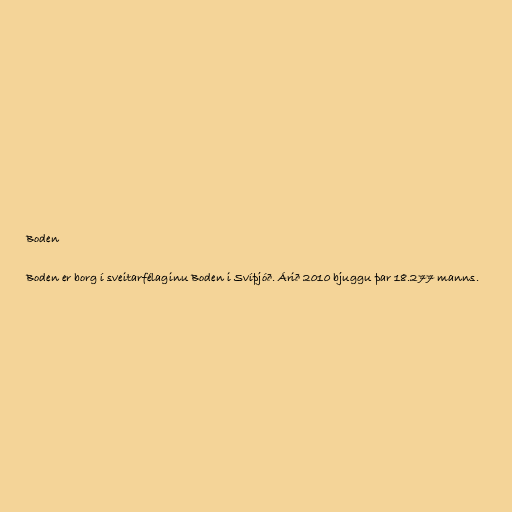
Boden

Boden er borg í sveitarfélaginu Boden i Svíþjóð. Árið 2010 bjuggu þar 18.277 manns.